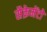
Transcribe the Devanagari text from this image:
सैक्रेमेंटो